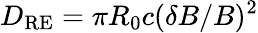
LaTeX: D_{\mathrm{RE}}=\pi R_{0}c(\delta B/B)^{2}